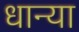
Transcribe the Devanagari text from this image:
धान्या